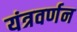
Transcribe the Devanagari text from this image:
यंत्रवर्णन